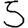
Digit: 5